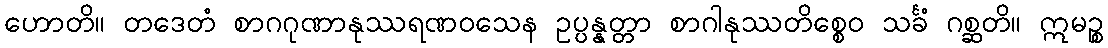
ဟောတိ။ တဒေတံ စာဂဂုဏာနုဿရဏဝသေန ဥပ္ပန္နတ္တာ စာဂါနုဿတိစ္စေဝ သင်္ခံ ဂစ္ဆတိ။ ဣမဉ္စ